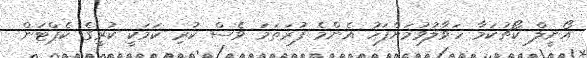
އޯނީލް ކޯޗުކަމާ ހަވާލުވުމަށްފަހު އެންމެ ފުރަތަމަ ވެސް ކުރި ކަމަކީ ކުރީގެ ކެޕްޓަން